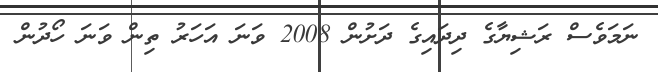
ނަމަވެސް ރަޝިޔާގެ ދިދައިގެ ދަށުން 2008 ވަނަ އަހަރު ތިން ވަނަ ހޯދުން